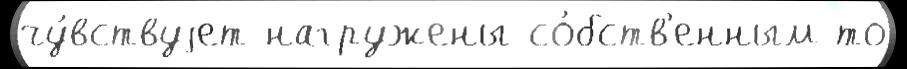
чу́вствуjет нагружены со́бств'енным то